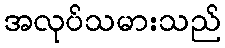
အလုပ်သမားသည်